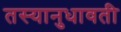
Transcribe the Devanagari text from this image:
तस्यानुधावती